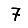
Digit: 7